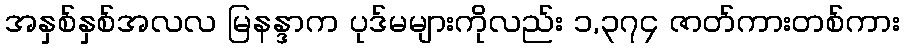
အနှစ်နှစ်အလလ မြနန္ဒာက ပုဒ်မများကိုလည်း ၁,၃၇၄ ဇာတ်ကားတစ်ကား